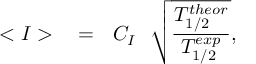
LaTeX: < I > ~ ~ = ~ ~ C _ { I } ~ ~ \sqrt { \frac { T _ { 1 / 2 } ^ { t h e o r } } { T _ { 1 / 2 } ^ { e x p } } } ,